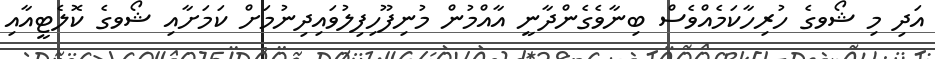
އަދި މި ޝޯވގެ ހުރިހާކަމެއްވެސް ބިނާވެގެންދާނީ އާއްމުން މުނިފޫހިފިލުވައިދިނުމަށް ކަމަށާއި ޝޯވގެ ކޮލެޓީއާއި